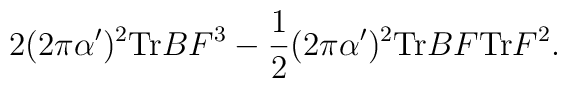
2 (2 \pi \alpha')^2 {\rm Tr} BF^3-\frac{1}{2} (2 \pi \alpha')^2 {\rm Tr} BF {\rm Tr} F^2.